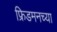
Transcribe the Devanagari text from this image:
फ्रिडमनच्या